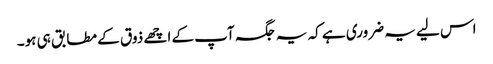
اس لیے یہ ضروری ہے کہ یہ جگہ آپ کے اچھے ذوق کے مطابق ہی ہو۔